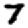
Digit: 7